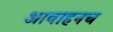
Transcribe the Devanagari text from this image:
आवाहनच